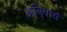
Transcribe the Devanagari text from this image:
अनि्वार्य